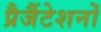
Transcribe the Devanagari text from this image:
प्रैजैंटेशनों